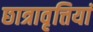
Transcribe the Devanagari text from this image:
छात्रावृत्तियां